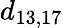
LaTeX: d_{13,17}